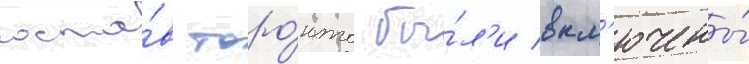
соста́в торо́нто бы́л'и вкл'ючены́